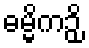
ဓမ္မိကဉှိ